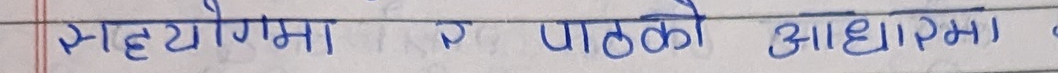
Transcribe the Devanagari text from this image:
सहयोगमा र पाठको आधारमा